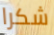
شكرا